Annual administration report of the Civil Veterinary Department of India - 1906-1907
Year: 1906
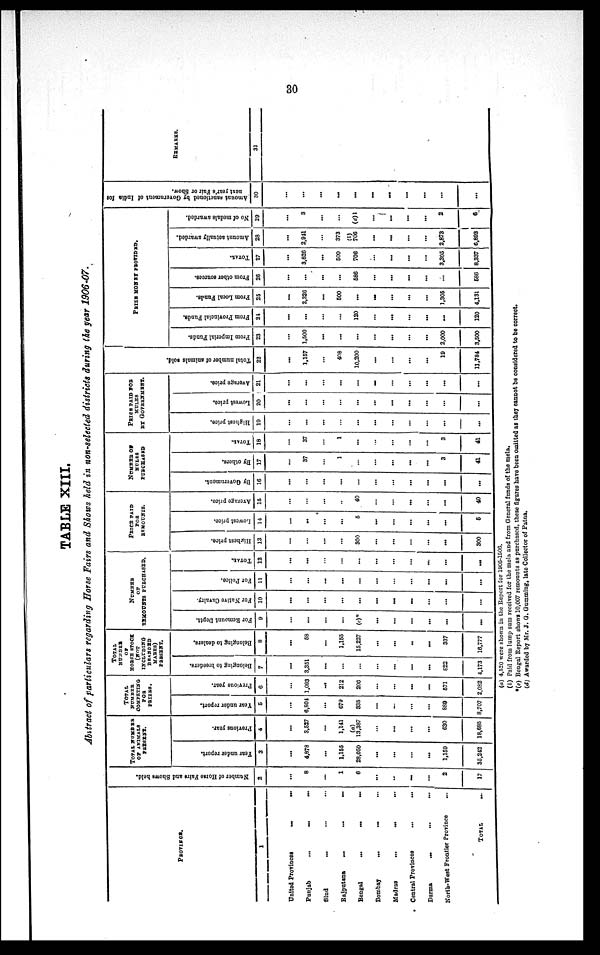
30
TABLE XIII.
Abstract of particulars regarding Horse Fairs and Shows held in non-selected districts during the year 1906-07.
PROVINCE.
1
United Provinces
...
...
Punjab
...
...
...
Sind ... ... ...
Rajputana
...
...
...
Bengal
...
...
...
Bombay
...
...
...
Madras
...
...
...
Central Provinces ... ...
Burma
...
...
...
North-West Frontier Province ...
TOTAL
...
Number of Horse Fairs and Shows held.
2
...
8
...
1
6
...
...
...
...
2
17
TOTAL
NUMBER
OF ANIMALS
PRESENT.
Year
under report.
3
...
4,878
...
1,155
28,050
...
...
...
...
1,159
35,242
Previous year.
4
...
3,527
...
1,141
(a)
13,387
...
...
...
...
630
18,685
TOTAL
NUMBER
COMPETING
FOR
PRIZES.
Year under report.
5
...
6,804
...
679
335
...
...
...
...
889
8,707
Previous year.
6
1,093
...
212
206
...
...
...
...
571
2,082
TOTAL
NUMBER
OF
HORES STOCK
(NOT
BRANDED
MARES)
PRESENT.
Belonging to breeders.
7
...
3,351
...
...
...
...
...
...
...
822
4,173
Belonging to dealers.
8
...
58
...
1,155
15,227
...
...
..
...
337
16,777
NUMBER
OF
REMOUNTS PURCHASED.
For Remount Deptt.
9
...
...
...
...
(c)*
...
...
...
...
...
...
For Native Cavalry.
10
...
...
...
...
...
...
...
...
...
...
...
For Police.
11
...
...
...
...
...
...
...
...
...
...
...
TOTAL.
12
...
...
...
...
...
...
...
...
...
...
...
PRICE PAID
FOR
REMOUNTS.
Highest price.
13
...
...
...
...
300
...
...
...
...
...
300
Lowest price.
14
...
...
...
...
5
...
...
...
...
...
5
Average
price.
15
...
...
...
..
40
...
...
...
...
...
40
NUMBER OF
HORES
PURCHASED
By Government.
16
...
...
...
...
...
...
...
...
...
...
...
By others.
17
...
37
...
1
...
...
...
...
...
3
41
Total.
18
...
37
...
1
...
...
...
...
...
3
41
PRICE PAID FOR
MULES
BY GOVERNMENT.
Highest price.
19
...
...
...
...
...
...
...
...
...
...
...
Lowest price.
20
...
...
...
...
...
...
...
...
...
...
...
Average price.
21
...
...
...
...
...
-
...
...
...
...
...
Tot al number of animals sold.
22
...
1,157
...
408
10,200
...
...
...
...
19
11,784
PRIZE MONEY PROVIDED.
From Imperial Funds.
23
...
1,500
...
...
...
...
...
...
...
2,000
3.500
From Provincial Funds.
24
...
...
...
...
120
...
...
...
...
...
120
From Local Funds.
25
...
2,326
...
500
...
...
...
...
...
1,305
4,131
From other sources.
26
...
...
...
...
586
...
...
...
...
...
586
TOTAL.
27
...
3,826
...
500
706
...
...
...
3,305
8,337
Amount actually awarded.
23
...
2,941
...
373
(b)
706
...
...
...
...
2,873
6,893
No of medals awarded.
29
...
3
...
...
(d)1
...
...
...
...
2
6
Amount sanctioned by Government of India for
next year's Fair or Show.
30
...
...
...
...
...
...
...
...
...
...
...
REMARKS.
31
(a) 4,520 were shown in the Report for 1905-1906.
(b) Paid from lump sum received for the mela and from General funds of the mela.
(c) Bengal Report shows 10,007 remounts as purchased, these figures have been omitted as they cannot be considered to be correct.
(d) Awarded by Mr. J. G. Gumming, late Collector of Patna.